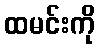
ထမင်းကို